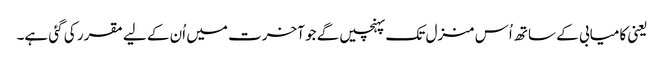
یعنی کامیابی کے ساتھ اُس منزل تک پہنچیں گے جو آخرت میں اُن کے لیے مقرر کی گئی ہے۔